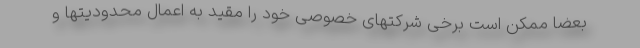
بعضا ممکن است برخی شرکتهای خصوصی خود را مقید به اعمال محدودیتها و